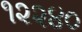
૧૨૨૪૦